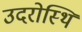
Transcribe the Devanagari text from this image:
उदरोस्थि